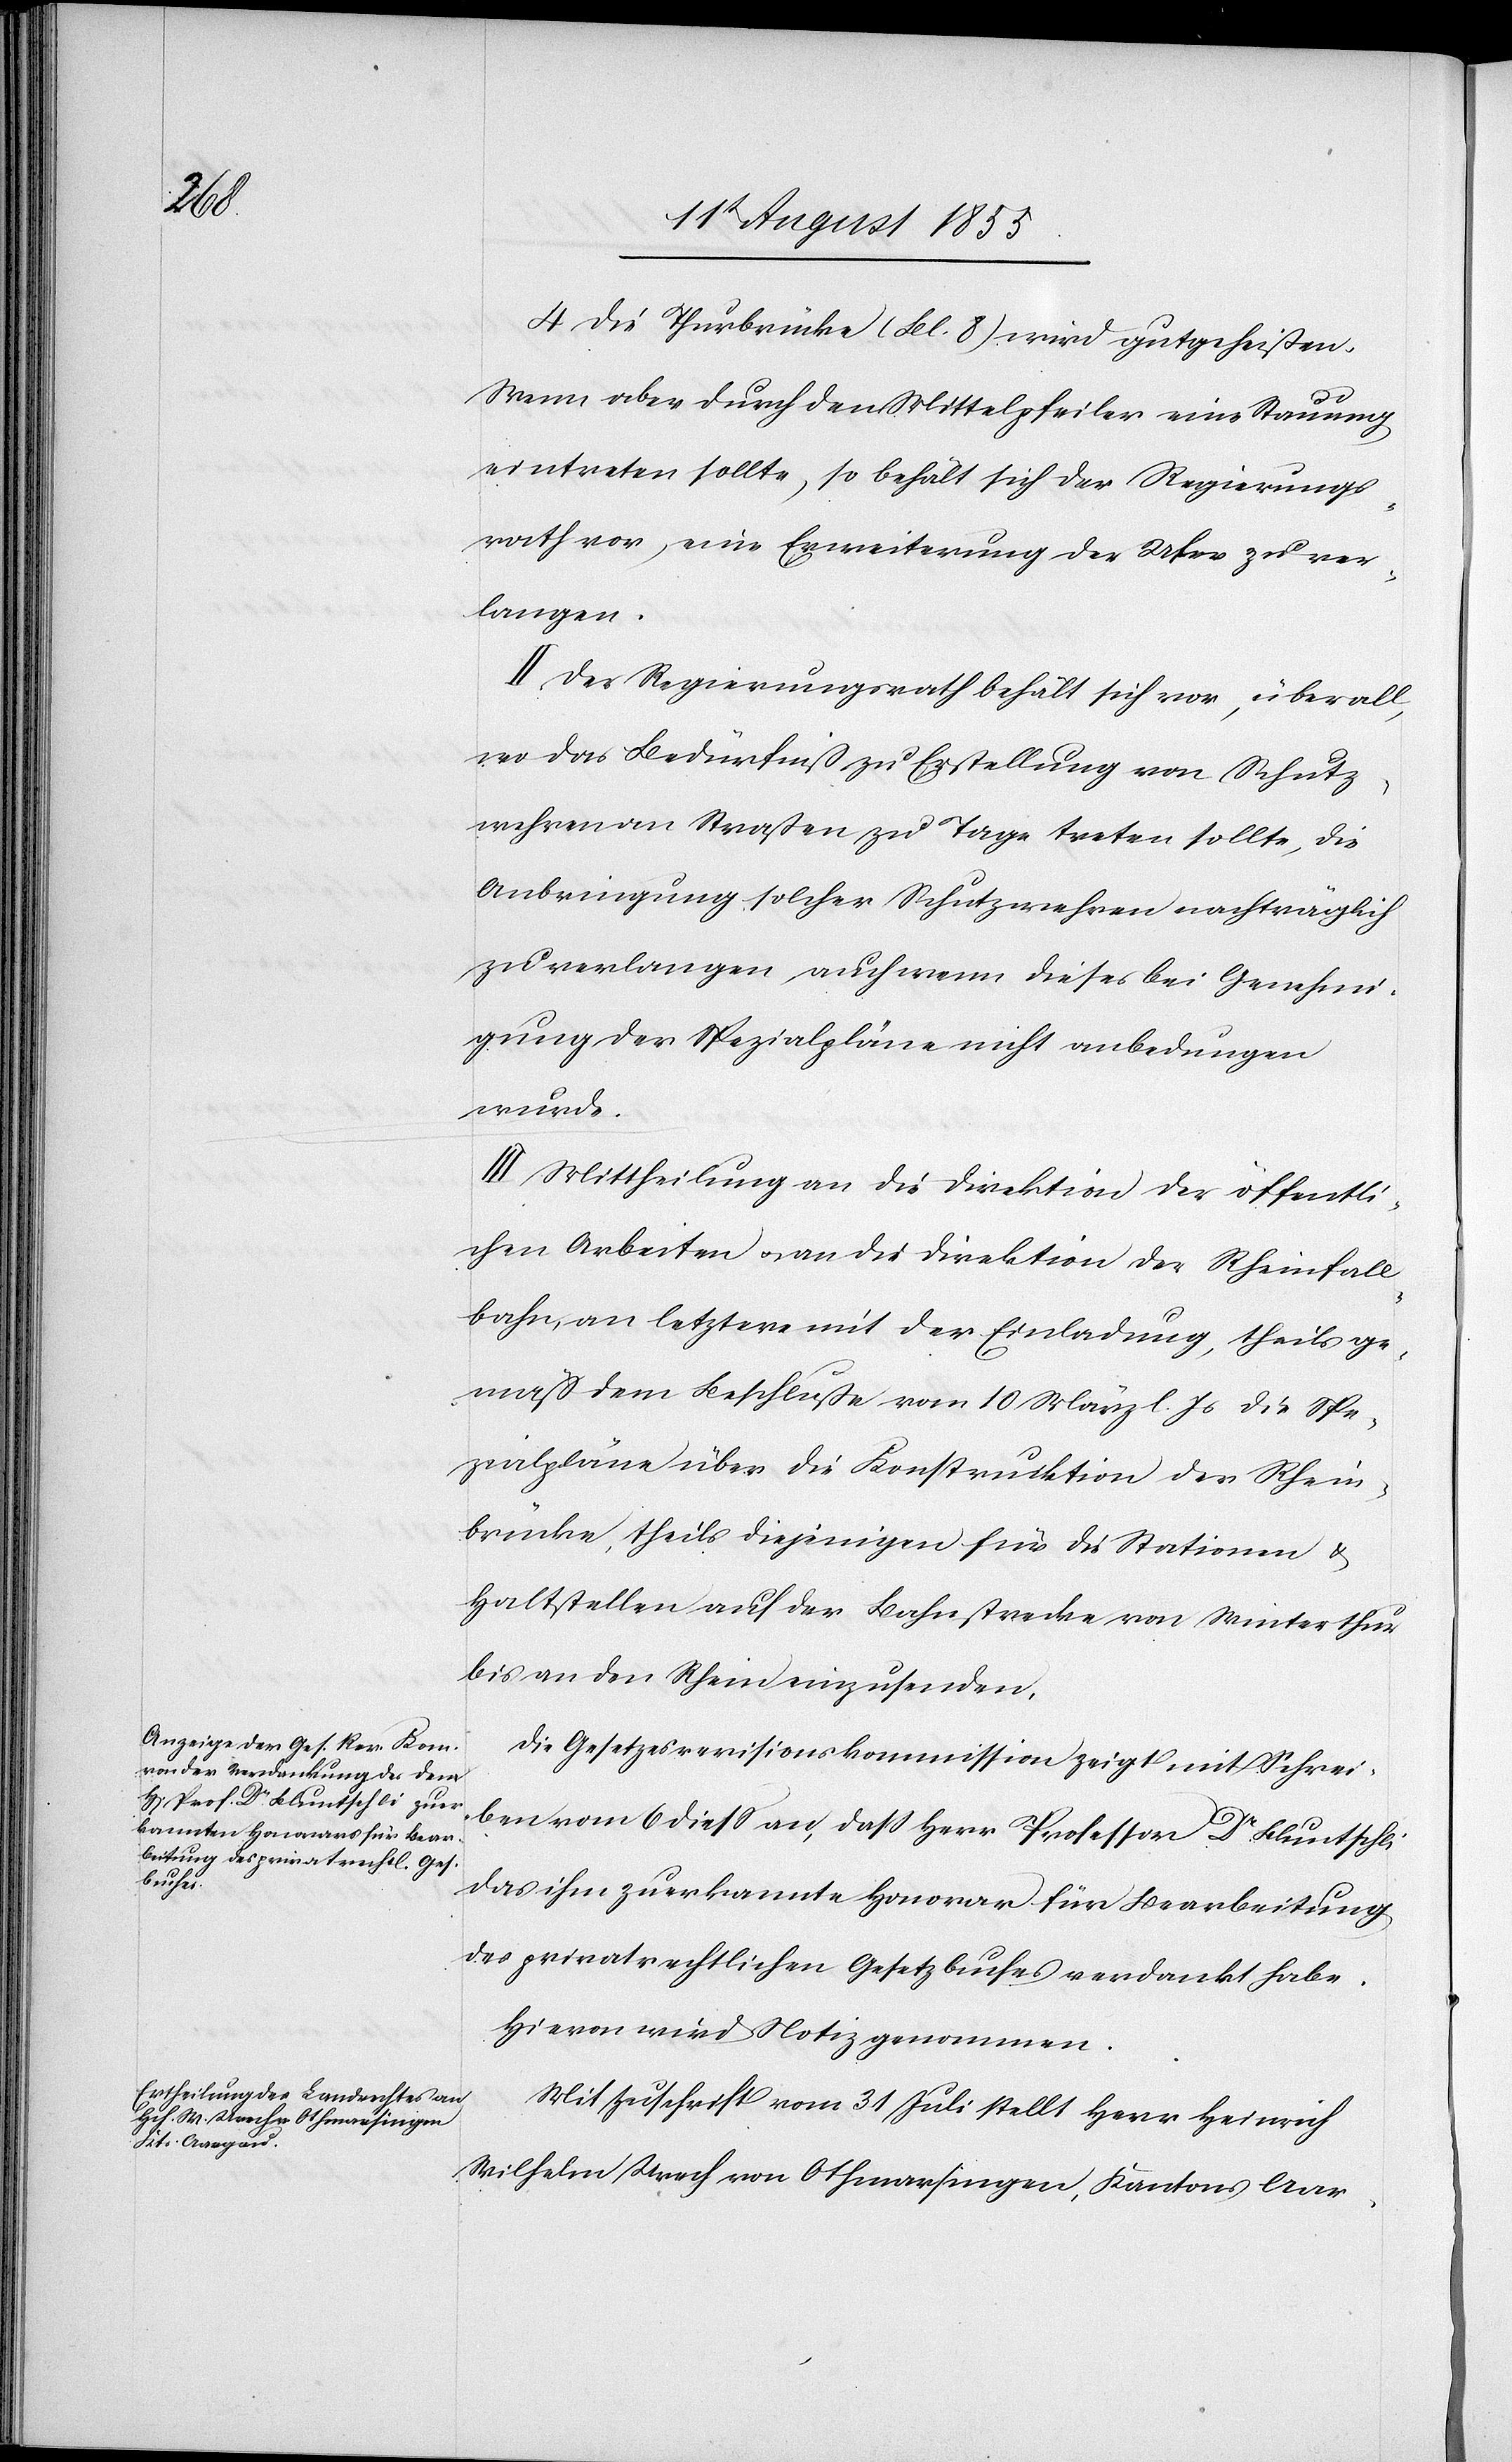
4.

Die Thurbrücke (Bl. 8) wird gutgeheißen.
Wenn aber durch den Mittelpfeiler eine Stauung
eintreten sollte, so behält sich der Regierungs¬
rath vor, eine Erweiterung der Ufer zu ver¬
langen.
II Der Regierungsrath behält sich vor, überall,
wo das Bedürfniß zu Erstellung von Schutz¬
wehren an Straßen zu Tage treten sollte, die
Anbringung solcher Schutzwehren nachträglich
zu verlangen auch wenn dieses bei Genehmi¬
gung der Spezialpläne nicht anbedungen
wurde.
III Mittheilung an die Direktion der öffentli¬
chen Arbeiten & an die Direktion der Rheinfall¬
bahn, an letztere mit der Einladung, theils ge¬
mäß dem Beschluße vom 10 März l. Js die Spe¬
zialpläne über die Konstruktion der Rhein¬
brücke, theils diejenigen für die Stationen &
Haltstellen auf der Bahnstrecke von Winterthur
bis an den Rhein einzusenden.
Die Gesetzesrevisionskommission zeigt mit Schrei¬
ben vom 6 diess an, dass Herr Professor Dr Bluntschli
das ihm zuerkannte Honorar für Bearbeitung
des privatrechtlichen Gesetzbuches verdankt habe.
Hievon wird Notiz genommen.
Mit Zuschrift vom 31 Juli stellt Herr Heinrich
Wilhelm Urech von Othmarsingen, Kantons Aar-